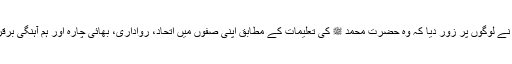
وزیراعظم نے لوگوں پر زور دیا کہ وہ حضرت محمد ﷺ کی تعلیمات کے مطابق اپنی صفوں میں اتحاد، رواداری، بھائی چارہ اور ہم آہنگی برقرار رکھیں۔